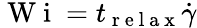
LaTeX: \mathrm{~W~i~}=t_{\mathrm{~r~e~l~a~x~}}\dot{\gamma}